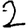
Digit: 2